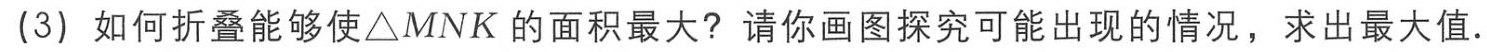
(3) 如何折叠能够使$\triangle MNK$的面积最大？请你画图探究可能出现的情况，求出最大值.